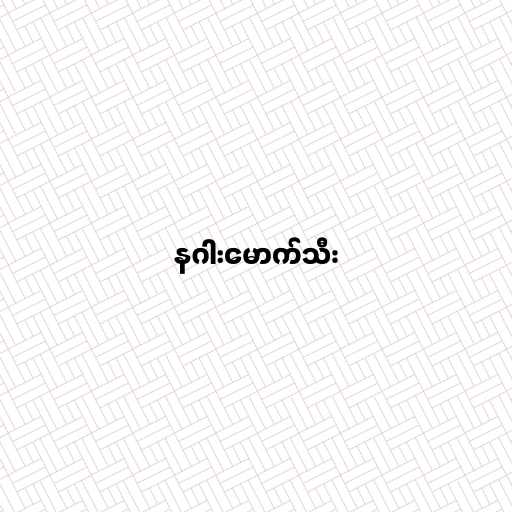
နဂါးမောက်သီး